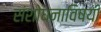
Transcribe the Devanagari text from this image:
संशोधनाविषयी